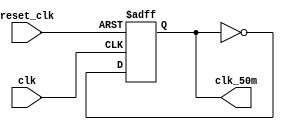
`timescale 1ns / 1ps
//////////////////////////////////////////////////////////////////////////////////
// Company: 
// Engineer: 
// 
// Design Name: 
// Module Name: clkgen
// Project Name: 
// Target Devices: 
// Tool Versions: 
// Description: 
// 
// Dependencies: 
// 
// Revision:
// Revision 0.01 - File Created
// Additional Comments:
// 
//////////////////////////////////////////////////////////////////////////////////


module clk_50m_generator(clk, reset_clk, clk_50m);
    input clk, reset_clk;
    output clk_50m;
    reg [1:0] counter;  
    reg clk_reg;
    wire clk_next;
    
    always @(posedge clk, posedge reset_clk)
          if (reset_clk)
             begin
                clk_reg <= 1'b0;
             end
          else
             begin
                clk_reg <= clk_next;
             end
    
       assign clk_next = ~clk_reg;
       assign clk_50m = clk_reg;
endmodule